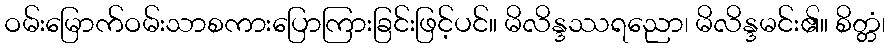
ဝမ်းမြောက်ဝမ်းသာစကားပြောကြားခြင်းဖြင့်ပင်။ မိလိန္ဒဿရညော၊ မိလိန္ဒမင်း၏။ စိတ္တံ၊